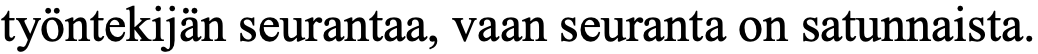
työntekijän seurantaa, vaan seuranta on satunnaista.